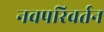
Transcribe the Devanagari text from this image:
नवपरिवर्तन